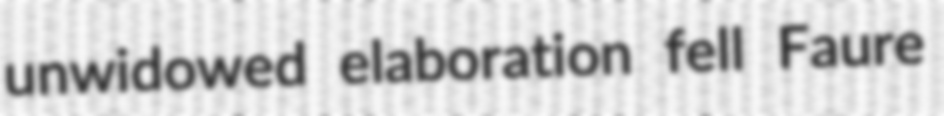
unwidowed elaboration fell Faure